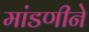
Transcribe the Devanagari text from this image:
मांडणीने